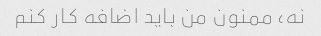
نه، ممنون من باید اضافه کار کنم